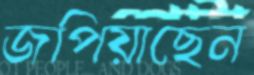
জপিয়াছেন